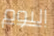
اليوم